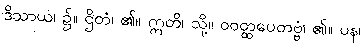
ဒိသာယ၊ ၌။ ဌိတံ၊ ၏။ ဣတိ၊ သို့။ ဝဝတ္ထပေတဗ္ဗံ၊ ၏။ ပန၊